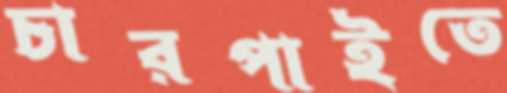
চারপাইতে